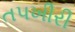
તપખીરી